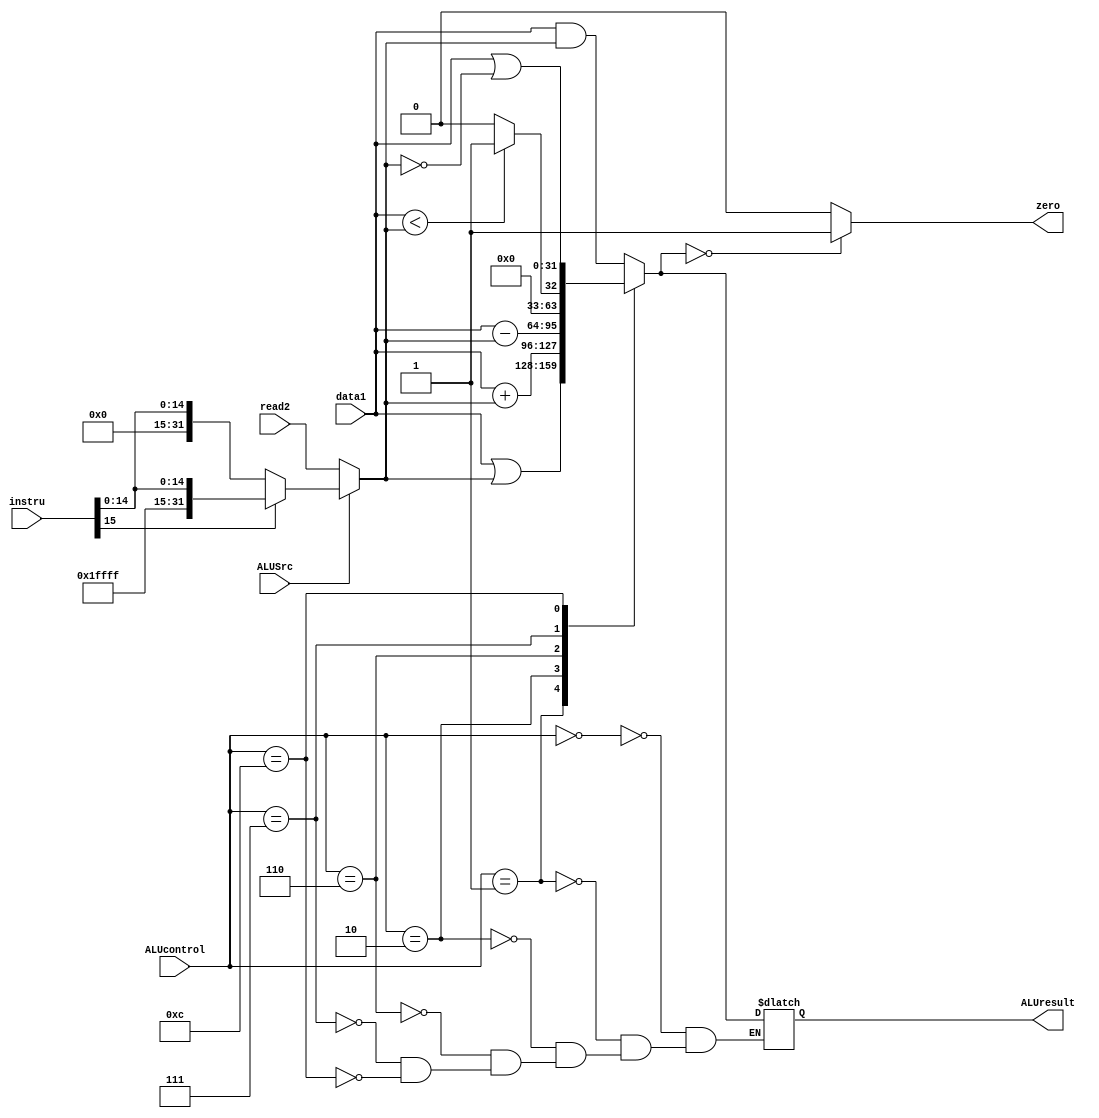
`timescale 1ns / 1ps

module alu(
  input [31:0] data1,
  input [31:0] read2,
  input [31:0] instru, // used for sign-extension
  input ALUSrc,
  input [3:0] ALUcontrol,
  output reg zero,
  output reg [31:0] ALUresult
);

  reg [31:0] data2;
  
  always @(ALUSrc, read2, instru) begin
    if (ALUSrc == 0) begin
      data2 = read2;
    end else begin
      // SignExt[Instru[15:0]]
      if (instru[15] == 1'b0) begin
        data2 = {16'b0,instru[15:0]};
      end else begin
        data2 = {{16{1'b1}},instru[15:0]};
      end
    end
    // $display("ALU_data2: 0x%H",data2);
  end

  always @(data1, data2, ALUcontrol) begin
    case (ALUcontrol)
      4'b0000: // AND
        ALUresult = data1 & data2;
      4'b0001: // OR
        ALUresult = data1 | data2;
      4'b0010: // ADD
        ALUresult = data1 + data2;
      4'b0110: // SUB
        ALUresult = data1 - data2;
      4'b0111: // SLT
        ALUresult = (data1 < data2) ? 1 : 0;
      4'b1100: // NOR
        ALUresult = data1 |~ data2;
      default:
        ;
    endcase
    if (ALUresult == 0) begin
      zero = 1;
    end else begin
      zero = 0;
    end
    // $display("ALUcontrol | d1 | d2 | ALU_result: 0x%H | 0x%H | 0x%H | 0x%H",ALUcontrol,data1,data2,ALUresult);
  end

endmodule